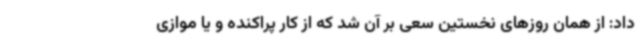
داد: از همان روزهای نخستین سعی بر آن شد که از کار پراکنده و یا موازی